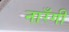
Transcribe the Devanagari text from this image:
नारँगी